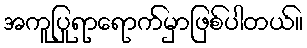
အကူပြုရာရောက်မှာဖြစ်ပါတယ်။